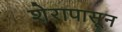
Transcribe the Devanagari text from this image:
शेरापासून